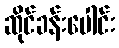
ဆိုင်ခန်းပေါင်း